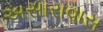
અસારાવાસ